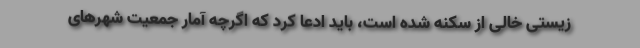
زیستی خالی از سکنه شده است، باید ادعا کرد که اگرچه آمار جمعیت شهرهای